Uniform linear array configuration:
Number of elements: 12
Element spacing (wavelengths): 0.5
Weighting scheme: uniform
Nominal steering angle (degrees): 45
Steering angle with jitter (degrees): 43.519
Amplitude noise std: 0.05
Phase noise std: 0.05

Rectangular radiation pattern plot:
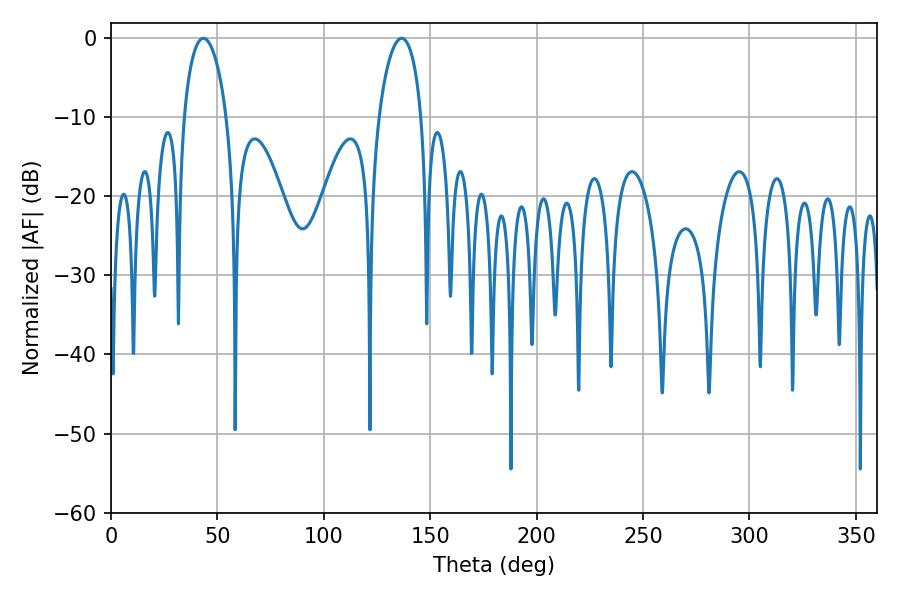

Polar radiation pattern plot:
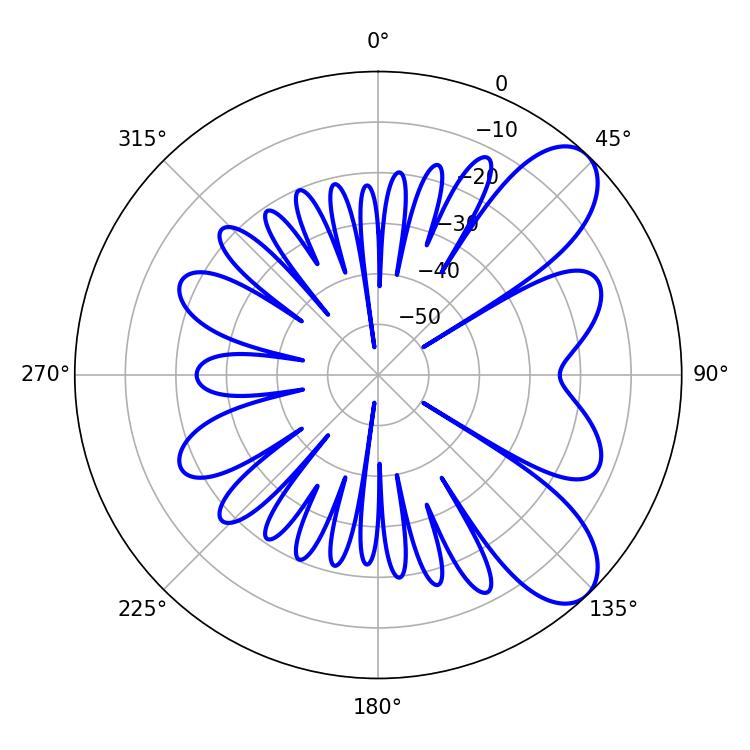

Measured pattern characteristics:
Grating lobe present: FALSE
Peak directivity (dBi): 8.167
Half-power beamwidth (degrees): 11.52
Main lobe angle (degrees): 43.38